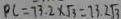
P C = 7 3 . 2 \times \sqrt { 3 } = 7 3 . 2 \sqrt { 3 }